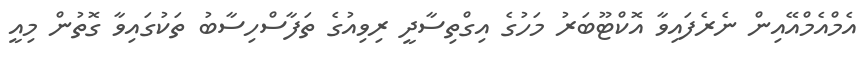
އެމްއެމްއޭއިން ނެރެފައިވާ އޮކްޓޫބަރު މަހުގެ އިގްތިސާދީ ރިވިއުގެ ތަފާސްހިސާބު ތަކުގައިވާ ގޮތުން މިއީ